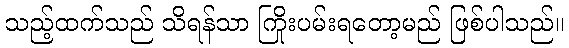
သည့်ထက်သည် သိရန်သာ ကြိုးပမ်းရတော့မည် ဖြစ်ပါသည်။